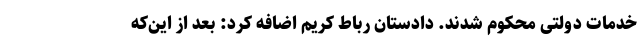
خدمات دولتی محکوم شدند. دادستان رباط کریم اضافه کرد: بعد از این‌که